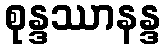
စုန္ဒဿာနန္ဒ